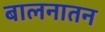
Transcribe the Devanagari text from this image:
बालनातन